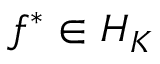
f ^ { * } \in { \cal { H } } _ { K }